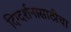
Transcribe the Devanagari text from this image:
दिग्दर्शनासाठीचा